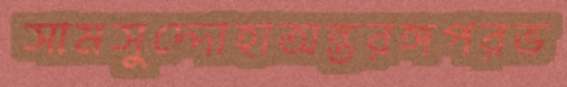
সামসুদ্দোহাঅন্তরঙ্গপরভ